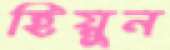
হিয়ুন